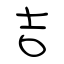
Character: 吉